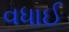
વધાઈ